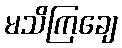
မသိကြချေ